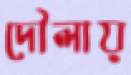
দৌলায়